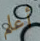
أعلم